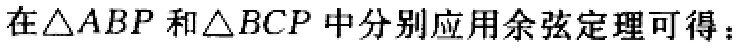
在\(\triangle ABP\)和\(\triangle BCP\)中分别应用余弦定理可得：